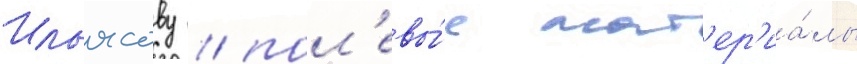
Ильясову / пол'евы́е мат'ер'иа́лы